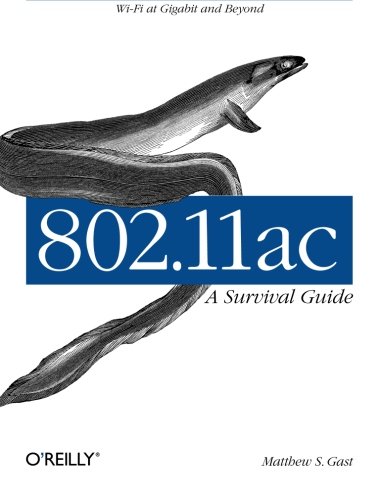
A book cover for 802.11ac: A Survival Guide; Matthew S. Gast; Computers & Technology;